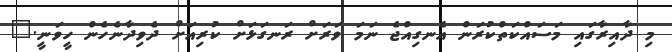
މި ދާއިރާގައި މަސައްކަތްކުރަން އެނގިއްޖެ ނަމަ ވަރަށް ރަނގަޅަށް ކުރިއަށް ދެވިދާނެހެން ހީވަނީ."